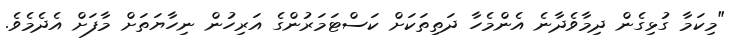
"މިކަމާ ގުޅިގެން ދިމާވެދާނެ އެންމެހާ ދަތިތަކަށް ކަސްޓަމަރުންގެ އަރިހުން ނިހާޔަތަށް މާފަށް އެދެމެވެ.